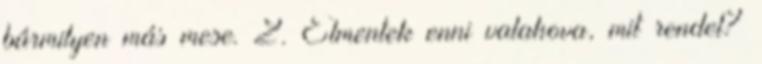
bármilyen más mese. 2. Elmentek enni valahova, mit rendel?